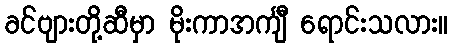
ခင်ဗျားတို့ဆီမှာ မိုးကာအင်္ကျီ ရောင်းသလား။